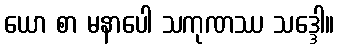
ယော စာ မနာပေါ သကုဏဿ သဒ္ဒေါ။